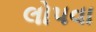
લોપવા